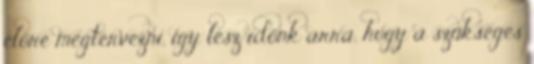
előre megtervezni, így lesz időnk arra, hogy a szükséges